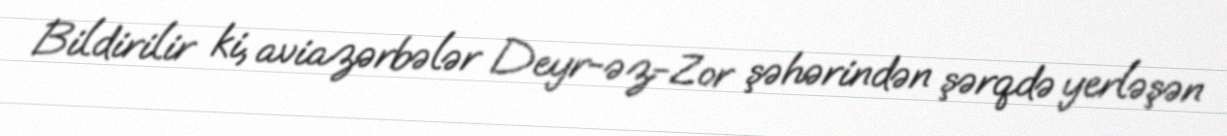
Bildirilir ki, aviazərbələr Deyr-əz-Zor şəhərindən şərqdə yerləşən